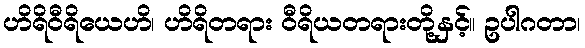
ဟိရိဝီရိယေဟိ၊ ဟိရိတရား ဝီရိယတရားတို့နှင့်။ ဥပါဂတာ၊